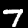
Label: 7